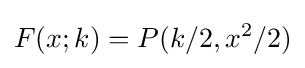
F(x;k)=P(k/2,x^{2}/2)